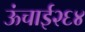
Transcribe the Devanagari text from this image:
ऊंचाई२६४